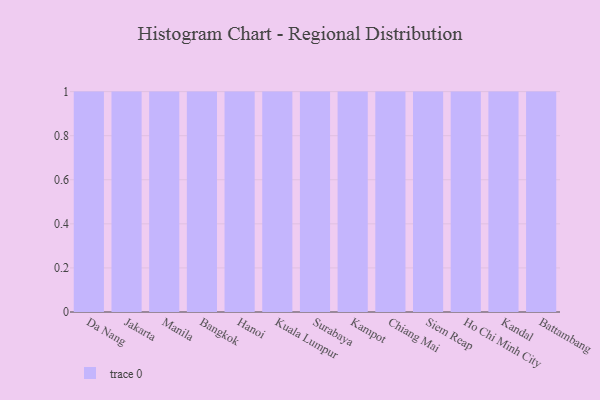
{"axis": {"x": "City", "y": "Net Income (USD K)"}, "legend": [""], "data": [{"x": "Da Nang", "y": 46, "type": ""}, {"x": "Jakarta", "y": 10, "type": ""}, {"x": "Manila", "y": 27, "type": ""}, {"x": "Bangkok", "y": 57, "type": ""}, {"x": "Hanoi", "y": 92, "type": ""}, {"x": "Kuala Lumpur", "y": 25, "type": ""}, {"x": "Surabaya", "y": 38, "type": ""}, {"x": "Kampot", "y": 39, "type": ""}, {"x": "Chiang Mai", "y": 2, "type": ""}, {"x": "Siem Reap", "y": 89, "type": ""}, {"x": "Ho Chi Minh City", "y": 76, "type": ""}, {"x": "Kandal", "y": 18, "type": ""}, {"x": "Battambang", "y": 42, "type": ""}]}